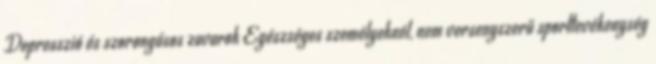
Depresszió és szorongásos zavarok Egészséges személyeknél, nem versenyszerű sporttevékenység